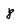
Character: 8